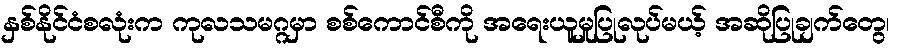
နှစ်နိုင်ငံစလုံးက ကုလသမဂ္ဂမှာ စစ်ကောင်စီကို အရေးယူမှုပြုလုပ်မယ့် အဆိုပြုချက်တွေ၊